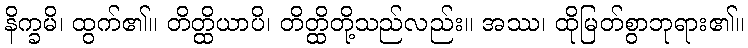
နိက္ခမိ၊ ထွက်၏။ တိတ္ထိယာပိ၊ တိတ္ထိတို့သည်လည်း။ အဿ၊ ထိုမြတ်စွာဘုရား၏။